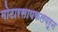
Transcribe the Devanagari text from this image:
मोटारसायकलवरून